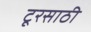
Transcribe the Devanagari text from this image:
टूरसाठी